Calcutta medical institutions reports 1871-78
Year: 1871
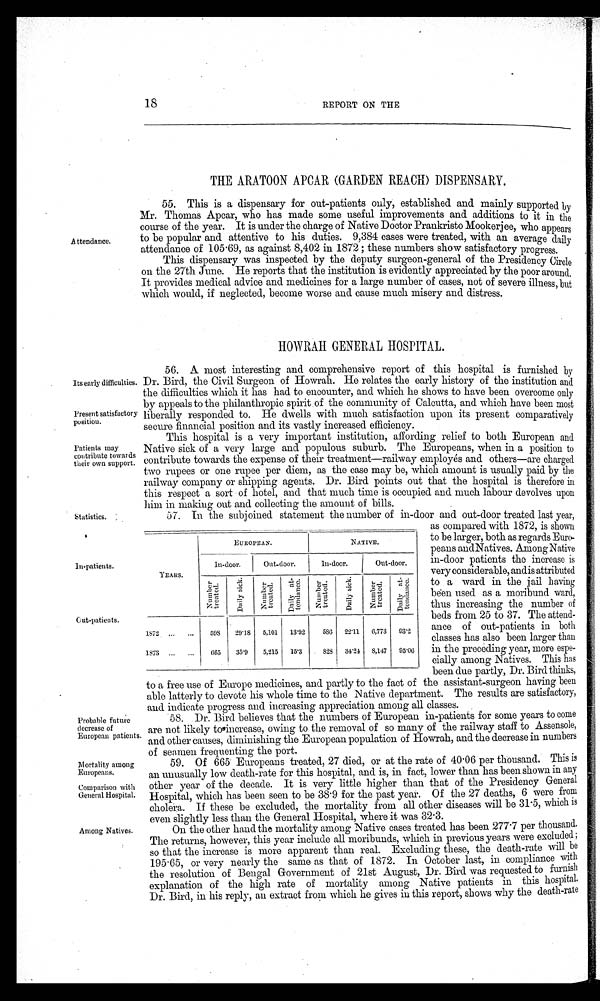
Probable future
decrease of
European patients.
Mortality among
Europeans.
Comparison with
General Hospital.
18
REPORT ON THE
THE ARATOON APCAR (GARDEN REACH) DISPENSARY.
Attendance.
55. This is a dispensary for out-patients only, established and mainly supported by
Mr. Thomas Apcar, who has made some useful improvements and additions to it in the
course of the year. It is under the charge of Native Doctor Prankristo Mookerjee, who appears
to be popular and attentive to his duties. 9,384 cases were treated, with an average daily
attendance of 105 . 69, as against 8,402 in 1872 ; these numbers show satisfactory progress.
This dispensary was inspected by the deputy surgeon-general of the Presidency Circle
on the 27th June. He reports that the institution is evidently appreciated by the poor around.
It provides medical advice and medicines for a large number of cases, not of severe illness, but
which would, if neglected, become worse and cause much misery and distress.
HOWRAH GENERAL HOSPITAL.
Its early difficulties.
Present satisfactory
position.
Patients may
contribute towards
their own support.
Statistics.
56. A most interesting and comprehensive report of this hospital is furnished by
Dr. Bird, the Civil Surgeon of Howrah. He relates the early history of the institution and
the difficulties which it has had to encounter, and which he shows to have been overcome only
by appeals to the philanthropic spirit of the community of Calcutta, and which have been most
liberally responded to. He dwells with much satisfaction upon its present comparatively
secure financial position and its vastly increased efficiency.
This hospital is a very important institution, affording relief to both European and
Native sick of a very large and populous suburb. The Europeans, when in a position to
contribute towards the expense of their treatment—railway employés and others—are charged
two rupees or one rupee per diem, as the case may be, which amount is usually paid by the
railway company or shipping agents. Dr. Bird. points out that the hospital is therefore in
this respect a sort of hotel, and that much time is occupied and much labour devolves upon
him in making out and collecting the amount of bills.
57. In the subjoined statement the number of in-door and out-door treated last year,
In-patients.
Out-patients.
YEARS.
EUROPEAN.
NATIVE.
In-door.
Out-door.
In-door.
Out-door.
Number
treated.
Dai l y si ck.
Number
treated.
Daily at-
tendance.
Numbe r Tr e a t e d
Dai l y si ck.
N u m b e r t r e a t e d . Daily at-
tendance.
1872
598
29·18
5,101
13·92
586
22·11
6,773
93·2
1873
665
35·9
5,215
15·3
828
34·24
8,147
95·06
as compared. with 1872, is show
n
to be larger, both as regards Eur
o -
peans andNatives. Among Nati
v e
in-door patients the increase
i s
very considerable, and is attribute
d
to a ward in the jail havi
n g
been used as a moribund ward
,
thus increasing the number
o f
beds from 25 to 37. The attend
-
ance of out-patients in bot
h
classes has also been larger tha
n
in the preceding year, more espe
-
cially among Natives. This ha
s
been due partly, Dr. Bird. thinks
,
Among Natives.
_
to a free use of Europe medicines, and partly to the fact of the assistant-surgeon having been
able latterly to devote his whole time to the Native department. The results are satisfactory,
and indicate progress and increasing appreciation among all classes.
58. Dr. Bird believes that the numbers of European in-patients for some years to come
are not likely to increase, owing to the removal of so many of the railway staff to Assensole,
and other causes, diminishing the European population of Howrah, and the decrease in numbers
of seamen frequenting the port.
On the other hand the mortality among Native cases treated has been 277 . 7 per thousand.
The returns, however, this year include all moribunds, which in previous years were excluded;
so that the increase is more apparent than real. Excluding these, the death-rate will be
195·65, or very nearly the same as that of 1872. In October last, in compliance with
the resolution of Bengal Government of 21st August, Dr. Bird was requested to furnish
explanation of the high rate of mortality among Native patients in this hospital.
Dr. Bird, in his reply, an extract from which he gives in this report, shows why the death-rate
59. Of 665 Europeans treated, 27 died, or at the rate of 40·06 per thousand. This is
an unusually low death-rate for this hospital, and is, in fact, lower than has been shown in any
other year of the decade. It is very little higher than that of the Presidency General
Hospital, which has been seen to be 38 . 9 for the past year. Of the 27 deaths, 6 were from
cholera. If these be excluded, the mortality from all other diseases will be 31 .5, which is
even slightly less than the General Hospital. where it was 32.3.